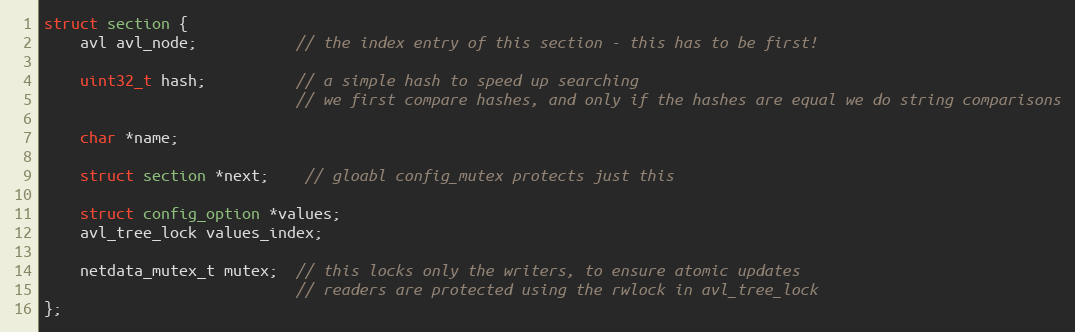
Language: C
struct section {
    avl avl_node;           // the index entry of this section - this has to be first!

    uint32_t hash;          // a simple hash to speed up searching
                            // we first compare hashes, and only if the hashes are equal we do string comparisons

    char *name;

    struct section *next;    // gloabl config_mutex protects just this

    struct config_option *values;
    avl_tree_lock values_index;

    netdata_mutex_t mutex;  // this locks only the writers, to ensure atomic updates
                            // readers are protected using the rwlock in avl_tree_lock
};